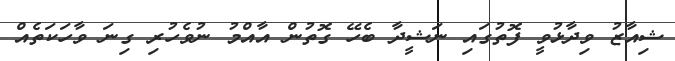
ޝިއާޒު ވިދާޅުވީ ފޮތުގައި ނަޝީދާ ބެހޭ ގޮތުން އާއްމު ނުވެހުރި ގިނަ ވާހަކަތެއް